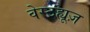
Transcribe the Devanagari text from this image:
वेस्टह्यूज़